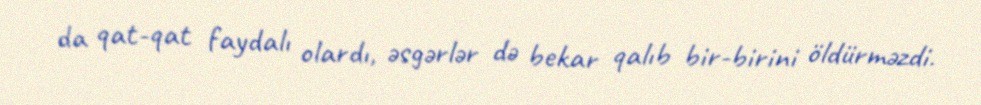
da qat-qat faydalı olardı, əsgərlər də bekar qalıb bir-birini öldürməzdi.